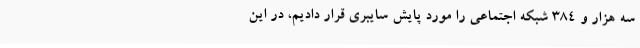
سه هزار و 384 شبکه اجتماعی را مورد پایش سایبری قرار دادیم، در این